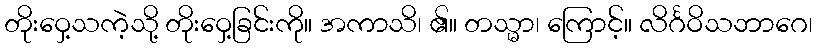
တိုးဝှေ့သကဲ့သို့ တိုးဝှေ့ခြင်းကို။ အကာသိ၊ ၏။ တသ္မာ၊ ကြောင့်။ လိင်္ဂဝိသဘာဂေ၊